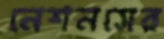
নেশনসের